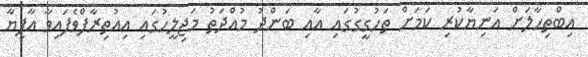
އިބްތިހާލަށް އަނިޔާކުރި ކަމަށް ތަހުގީގުގައި އާއި ބަންދު މުއްދަތު މަޖިލީހުގައި އިއުތިރާފްވެފައިވާ އާފިޔާ